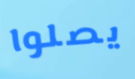
يصلوا